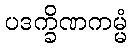
ပဒက္ခိဏကမ္မံ